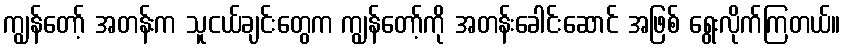
ကျွန်တော့် အတန်းက သူငယ်ချင်းတွေက ကျွန်တော့်ကို အတန်းခေါင်းဆောင် အဖြစ် ရွေးလိုက်ကြတယ်။